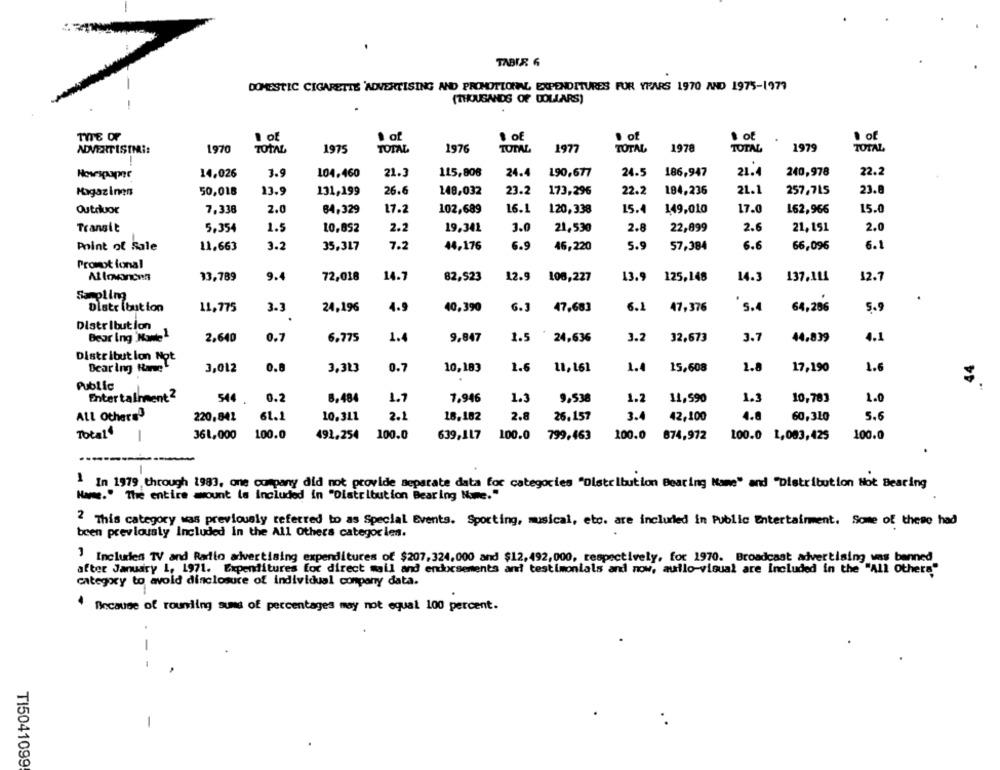
TABIR 6
DOMESTIC CIGARETTE 'ADVERTISING AND PROMOTIONAL EXPENDITURES FOR YEARS 1970 AND 1975-1977
(THOUSANDS OF DOLLARS)
TITE OF
1 of
. of
1 of
· of
· of
1978
ADVERTISIMI:
1970
TOTAL
1975
TOTAL
1976
TOTAL
1977
TOTAL
TOTAL
1979
TOTAL
14.026
3.9
104.460
21.3
115,806
24.4
190,677
24.5
186,947
21.4
240,978
22.2
Magazinen
50,018
13.9
131,199
26.6
148,032
23.2
173,296
22.2
184,236
21.1
257,715
23.8
7,338
2.0
17.2
16.1
120,338
15.0
Outruor
84,329
102,689
15.4
149,010
17.0
162,966
Transit
5,354
1.5
10,852
2.2
19.341
3.0
21,530
2.8
22,899
2.6
21,151
2.0
11.663
3.2
35,317
7.2
44,176
6.9
46,220
5.9
57,384
6.6
66,096
6.1
Point of Sale
Promotional
Al Invandnn
13,789
9.4
72,038
14.7
82,523
12.9
106,227
125,148
14.3
137,111
12.7
13.9
Sampling
Dlatr ibution
11,775
24,196
4.9
40,390
6.3
47,683
6.1
47,376
5.4
64,286
5.9
3.3
Distribution
Bear Ing Name 1
2,640
0.7
6.775
1.4
9.847
1.5 24,636
3.2
32,673
3.7
44.839
4.1
Distribution Not
44
Dearing Rare"
3,012
0.8
3,3L
0.7
10,183
1.6
11,161
1.4
15,608
1.8
17,190
1.6
Public
Entertainment 2
544
0.2
8.484
1.7
7,946
1.3
9,538
1.2
11,590
1.3
10,783
1.0
ALL Others
220,841
61.1
10.311
2.1
16,182
2.8
26.157
3.4
42,100
4.6
60,310
5.6
Total
361,000
100.0
491,254
100.0
639,117
100.0
799,463
100.0
874,972
100.0 1,083,425
100.0
In 1979 through 1983, one company did not provide separate data for categories "Distribution Bearing Name" and "Distribution Hot Bearing
Name." The entire mount is included in "Distribution Bearing Name."
2 This category was previously referred to as Special Events. Sporting, musical, etc. are included in Public Entertainment. Some of these had
been previously Included In the All Others categorien.
Incluien TV and Radio advertising expenditures of $207,324,000 and $12,492, 000, respectively, for 1970. Broadcast advertising was banned
after January 1, 1971. Expenditures for direct mail and endorsements and testimonials and now, auflo-visual are included in the "All Others"
category to avoid dinclosure of individual conpany data.
4 Because of rounding sums of percentages may not equal 100 percent.
-
TI5041099